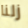
زلنا